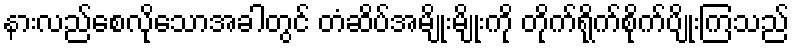
နားလည်စေလိုသောအခါတွင် တံဆိပ်အမျိုးမျိုးကို တိုက်ရိုက်စိုက်ပျိုးကြသည်